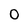
Character: 0